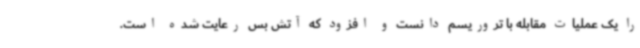
را یک عملیات مقابله با تروریسم دانست و افزود که آتش بس رعایت شده است.